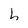
Character: h